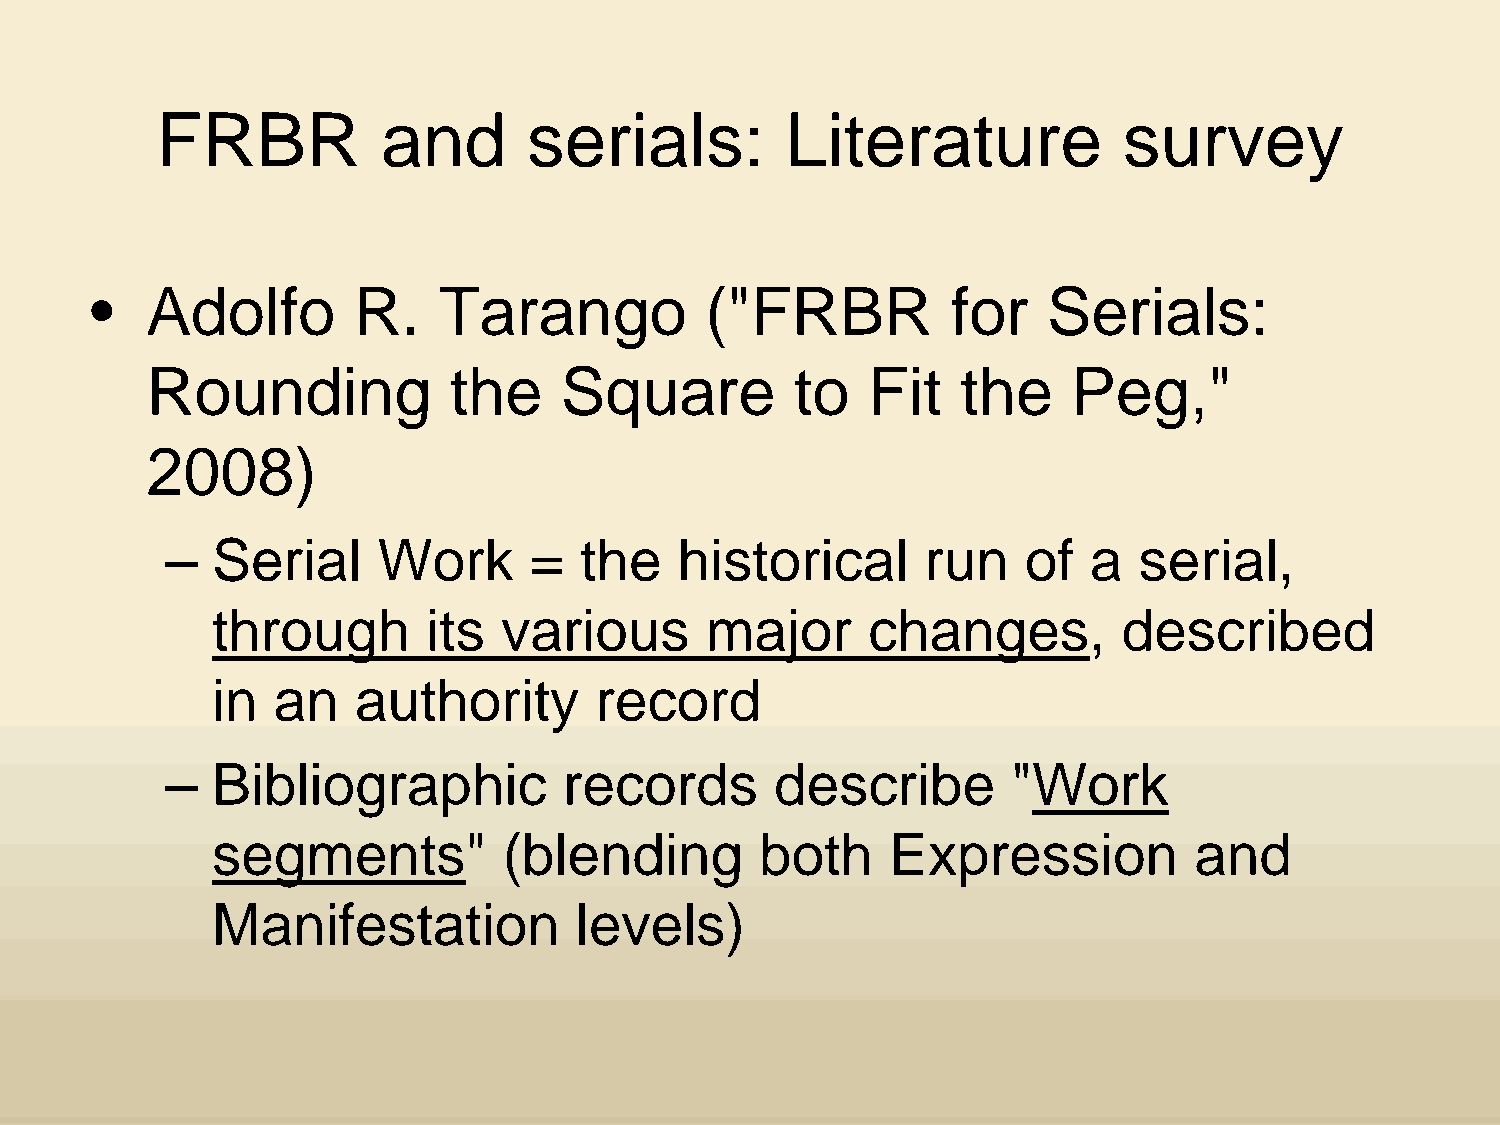
FRBR           and      serials:         Literature             survey
 •   Adolfo        R.   Tarango           ("FRBR          for    Serials:
 Rounding            the     Square         to   Fit   the    Peg,"
 2008)
 –  Serial     Work       =  the   historical       run   of   a  serial,
 through        its  various      major      changes,         described
 in   an   authority       record
 –  Bibliographic           records       describe       "Work
 segments"           (blending        both    Expression          and
 Manifestation            levels)